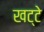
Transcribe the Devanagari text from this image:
खट्‌टे